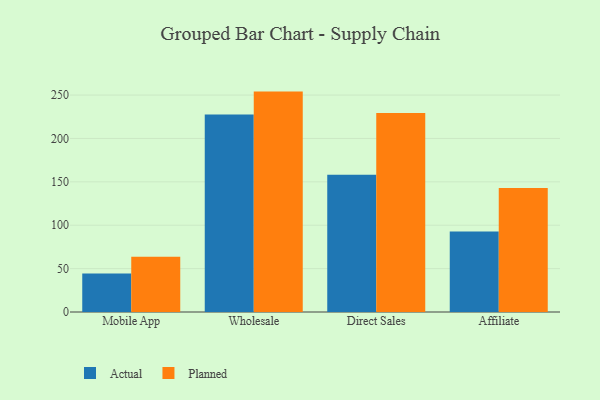
{"axis": {"x": "Channel", "y": "Market Share (%)"}, "legend": ["Actual", "Planned"], "data": [{"x": "Mobile App", "y": 44.5, "type": "Actual"}, {"x": "Mobile App", "y": 63.6, "type": "Planned"}, {"x": "Wholesale", "y": 227.5, "type": "Actual"}, {"x": "Wholesale", "y": 254.0, "type": "Planned"}, {"x": "Direct Sales", "y": 158.3, "type": "Actual"}, {"x": "Direct Sales", "y": 229.3, "type": "Planned"}, {"x": "Affiliate", "y": 92.9, "type": "Actual"}, {"x": "Affiliate", "y": 143.0, "type": "Planned"}]}